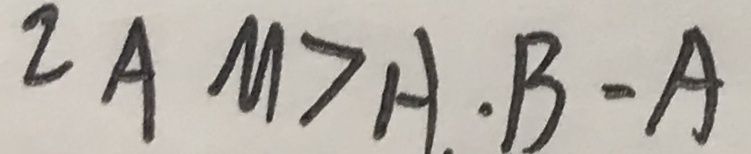
2 A M > A \cdot B - A